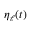
\eta _ { \ell } ( t )